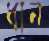
ধান